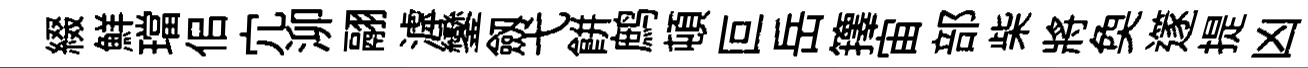
綴鮮璫佀宂泖翮滹鑾劔弋餅鹧頓叵岳籜宙部柴將奐𨗹提凶